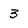
Character: 3